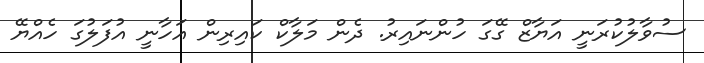
ސުވާލުކުރަނީ އަޔާޒް ގޭގަ ހުންނައިރު. ދެން މަލާކް ކައިރިން އަހާނީ އުފަލުގަ ހެއްޔޭ